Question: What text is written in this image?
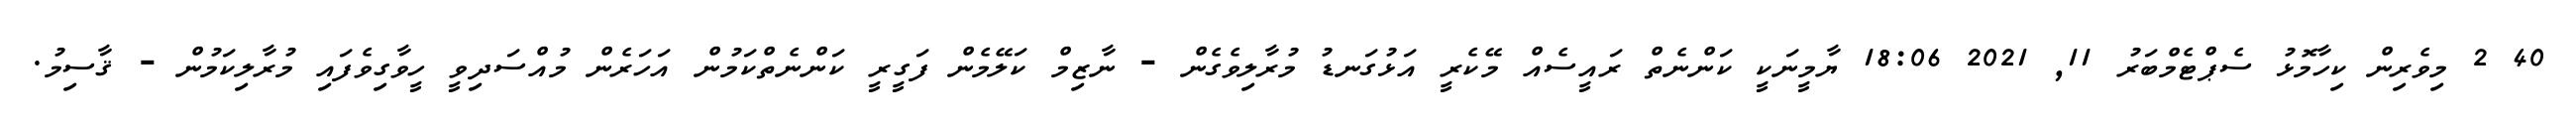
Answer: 40 2 މިވެރިން ކިހާމޮޅު ސެޕްޓެމްބަރު 11, 2021 18:06 ޔާމީނަކީ ކަންނެތް ރައީސެއް މޭކެރީ އަޅުގަނޑު މުރާލިވެގެން - ނާޒިމް ކަލޭމެން ފަގީރީ ކަންނެތްކަމުން އަހަރެން މުއްސަދިވީ ހީވާގިވެފައި މުރާލިކަމުން - ޤާސިމު.